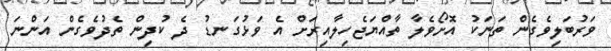
ވަރުބަލިވެގެން ތަނަކު އޮށޯވެލާ ތާއްޔަޖެހިލާއިރަށް އެ ވަޅުގަނޑު ދެ ކުދިން ތެދުވެގެން އަންނަ